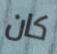
كان